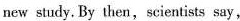
new study. By then, scientists say,